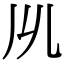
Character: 𠃕